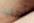
أراقبه